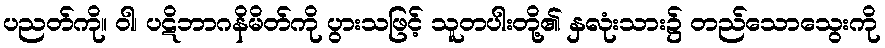
ပညတ်ကို။ ဝါ၊ ပဋိဘာဂနိမိတ်ကို ပွားသဖြင့် သူတပါးတို့၏ နှလုံးသား၌ တည်သောသွေးကို